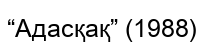
“Адасқақ” (1988)